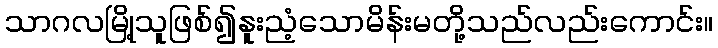
သာဂလမြို့သူဖြစ်၍နူးညံ့သောမိန်းမတို့သည်လည်းကောင်း။